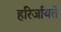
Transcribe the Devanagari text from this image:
हरिर्जायते